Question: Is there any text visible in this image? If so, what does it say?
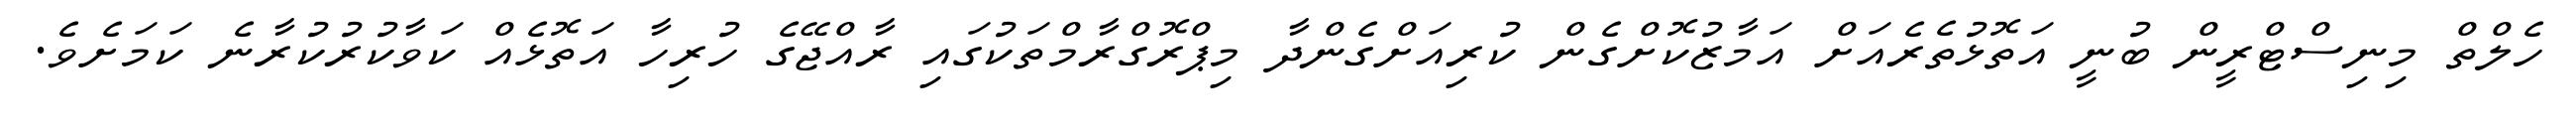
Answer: ހެލްތް މިނިސްޓްރީން ބުނީ އަތޮޅުތެރެއަށް އަމާޒުކޮށްގެން ކުރިއަށްގެންދާ މިޕްރޮގްރާމްތަކުގައި ރާއްޖޭގެ ހުރިހާ އަތޮޅެއް ކަވާކުރުކުރާނެ ކަމަށެވެ.